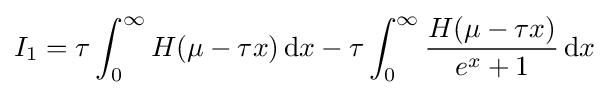
I_{1}=\tau \int _{0}^{\infty }H(\mu -\tau x)\,\mathrm {d} x-\tau \int _{0}^{\infty }{\frac {H(\mu -\tau x)}{e^{x}+1}}\,\mathrm {d} x